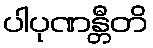
ပါပုဏန္တီတိ